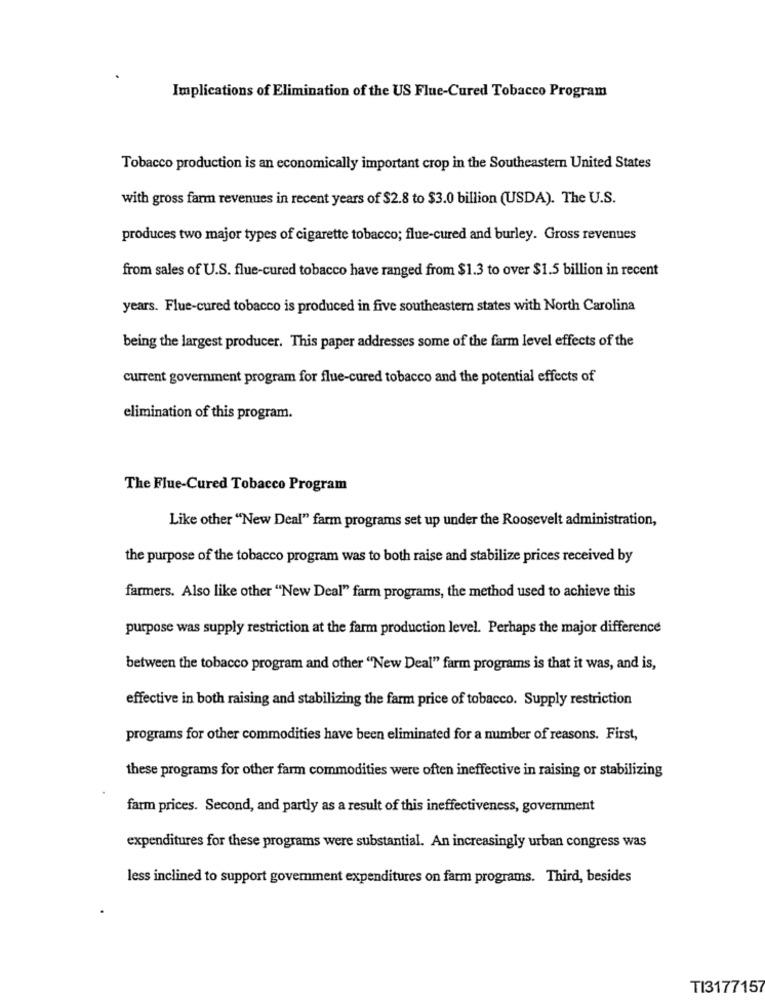
Implications of Elimination of the US Flue-Cured Tobacco Program
Tobacco production is an economically important crop in the Southeastern United States
with gross farm revenues in recent years of $2.8 to $3.0 billion (USDA). The U.S.
produces two major types of cigarette tobacco; flue-cured and burley. Gross revenues
from sales of U.S. flue-cured tobacco have ranged from $1.3 to over $1.5 billion in recent
years. Flue-cured tobacco is produced in five southeastern states with North Carolina
being the largest producer. This paper addresses some of the farm level effects of the
current government program for flue-cured tobacco and the potential effects of
elimination of this program.
The Flue-Cured Tobacco Program
Like other "New Deal" farm programs set up under the Roosevelt administration,
the purpose of the tobacco program was to both raise and stabilize prices received by
farmers. Also like other "New Deal" farm programs, the method used to achieve this
purpose was supply restriction at the farm production level. Perhaps the major difference
between the tobacco program and other "New Deal" farm programs is that it was, and is,
effective in both raising and stabilizing the farm price of tobacco. Supply restriction
programs for other commodities have been eliminated for a number of reasons. First,
these programs for other farm commodities were often ineffective in raising or stabilizing
farm prices. Second, and partly as a result of this ineffectiveness, government
expenditures for these programs were substantial. An increasingly urban congress was
less inclined to support government expenditures on farm programs. Third, besides
TI3177157